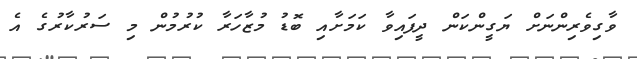
ވާގިވެރިންނަށް ޔަގީންކަން ދީފައިވާ ކަމަށާއި ބޮޑު މުޒާހަރާ ކުރުމުން މި ސަރުކާރުގެ އެ